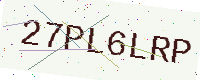
Text: 27PL6LRP